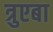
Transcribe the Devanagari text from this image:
त्रुएबा